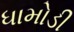
ધામોડી